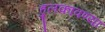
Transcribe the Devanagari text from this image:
हुलकावण्या